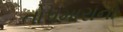
તોપમારાનો